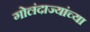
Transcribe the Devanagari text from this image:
गोलंदाज्यांच्या